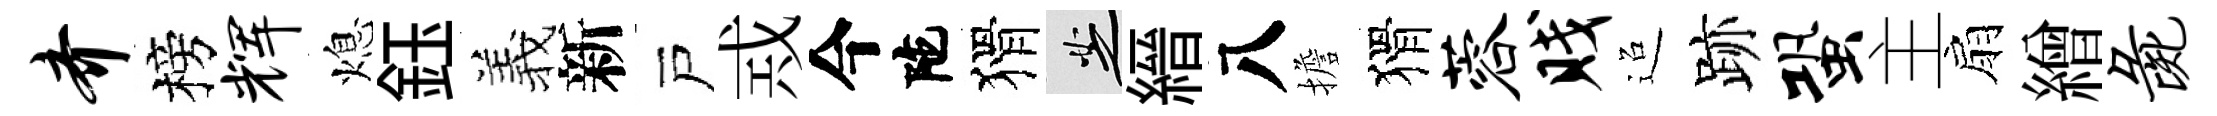
齐榜辉熄鈺羲新戸𢦶今陀猾芝縉八擔猾蓉贱迢跡蛩主扇繒彘